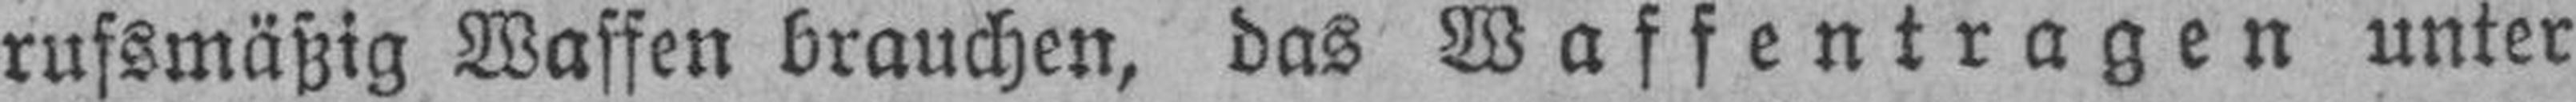
rufsmäßig Waffen brauchen, das Waffentragen unter